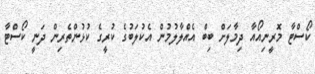
ކޯސްޓާ މޮރީނިއޯއާ ދިމާލަށް ބިބް އެއްލާލުމުން އެކުލަބުގެ ކުރީގެ ކުޅުންތެރިން ދަނީ ކޯސްޓާ